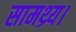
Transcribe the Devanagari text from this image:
सामथ्र्य।